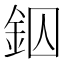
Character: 𨥱